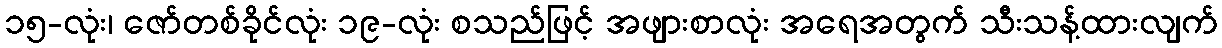
၁၅-လုံး၊ ဇော်တစ်ခိုင်လုံး ၁၉-လုံး စသည်ဖြင့် အဖျားစာလုံး အရေအတွက် သီးသန့်ထားလျက်